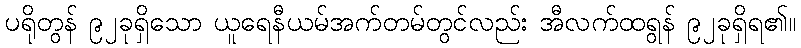
ပရိုတွန် ၉၂ခုရှိသော ယူရေနီယမ်အက်တမ်တွင်လည်း အီလက်ထရွန် ၉၂ခုရှိရ၏။